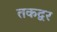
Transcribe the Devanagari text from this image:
तकद्वर